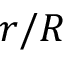
r / R